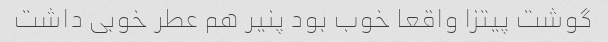
گوشت پیتزا واقعا خوب بود پنیر هم عطر خوبی داشت